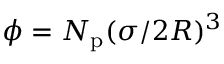
\phi = N _ { \mathrm { p } } ( \sigma / 2 R ) ^ { 3 }